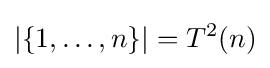
|\{1,\ldots ,n\}|=T^{2}(n)